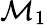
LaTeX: \mathcal{M}_{1}